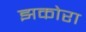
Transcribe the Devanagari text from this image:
झकोरा